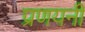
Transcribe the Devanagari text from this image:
प्रणयनी